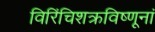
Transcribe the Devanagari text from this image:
विरिंचिशक्रविष्णूनां